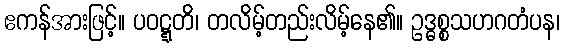
ဧကန်အားဖြင့်။ ပဝဋ္ဋတိ၊ တလိမ့်တည်းလိမ့်နေ၏။ ဥဒ္ဓစ္စသဟဂတံပန၊